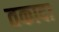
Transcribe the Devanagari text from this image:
तकादा